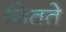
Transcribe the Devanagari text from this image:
जितते